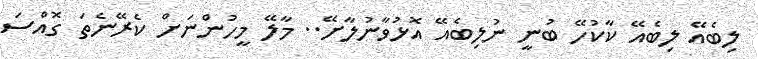
ލިބެއޭ ލިބެއޭ ކާކުހޭ ބުނީ ނުލިބެއޭ އޮޅުވާނުލާށޭ.. މާލޭ މީހުންނަށް ކެރޭނެތަ ގޮއްސަ